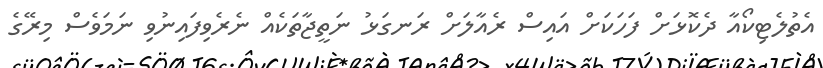
އެތުލެޓިކޯއާ ދެކޮޅަށް ފަހަކަށް އައިސް ރެއާލަށް ރަނގަޅު ނަތީޖާތަކެއް ނެރެވިފައިނުވި ނަމަވެސް މިރޭގެ